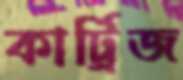
কার্ট্রিজ